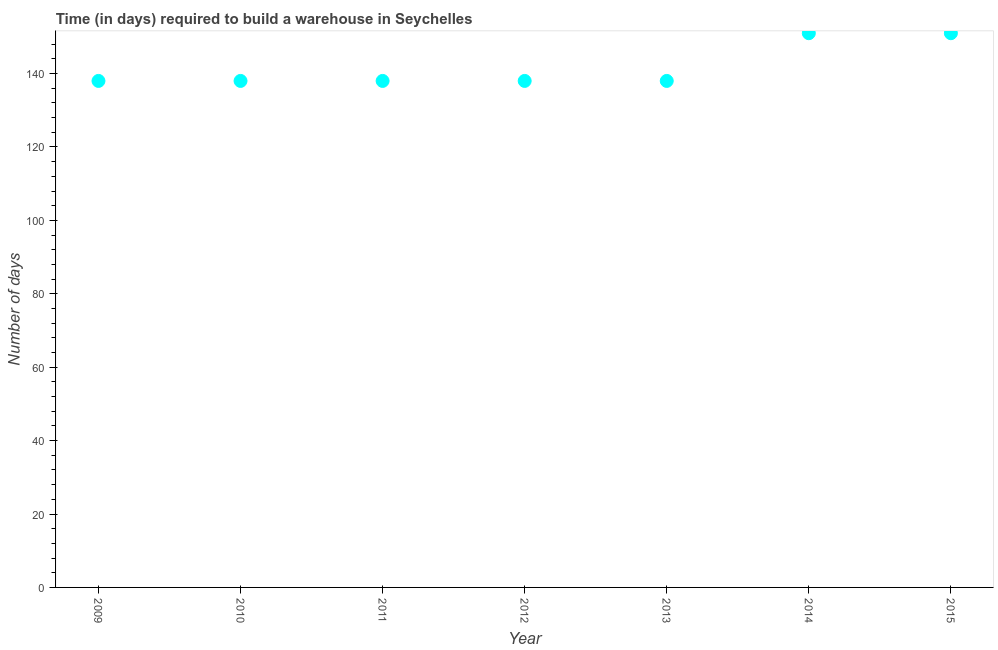
| Year | Time required to build a warehouse |
 | --- | --- |
 | 2009 | 138 |
 | 2010 | 138 |
 | 2011 | 138 |
 | 2012 | 138 |
 | 2013 | 138 |
 | 2014 | 151 |
 | 2015 | 151 |